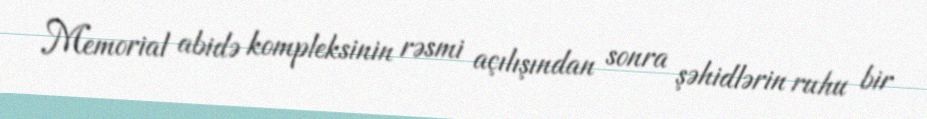
Memorial abidə kompleksinin rəsmi açılışından sonra şəhidlərin ruhu bir